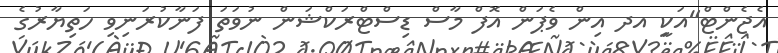
އެޖެންޓް"އަކިީ އދ އިން ވެޕަން އޮފް މާސް ޑިސްޓްރަކްޝަން ނުވަތަ ފަނާކުރަނިވި ހަތިޔާރުގެ